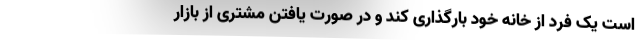
است یک فرد از خانه خود بارگذاری کند و در صورت یافتن مشتری از بازار